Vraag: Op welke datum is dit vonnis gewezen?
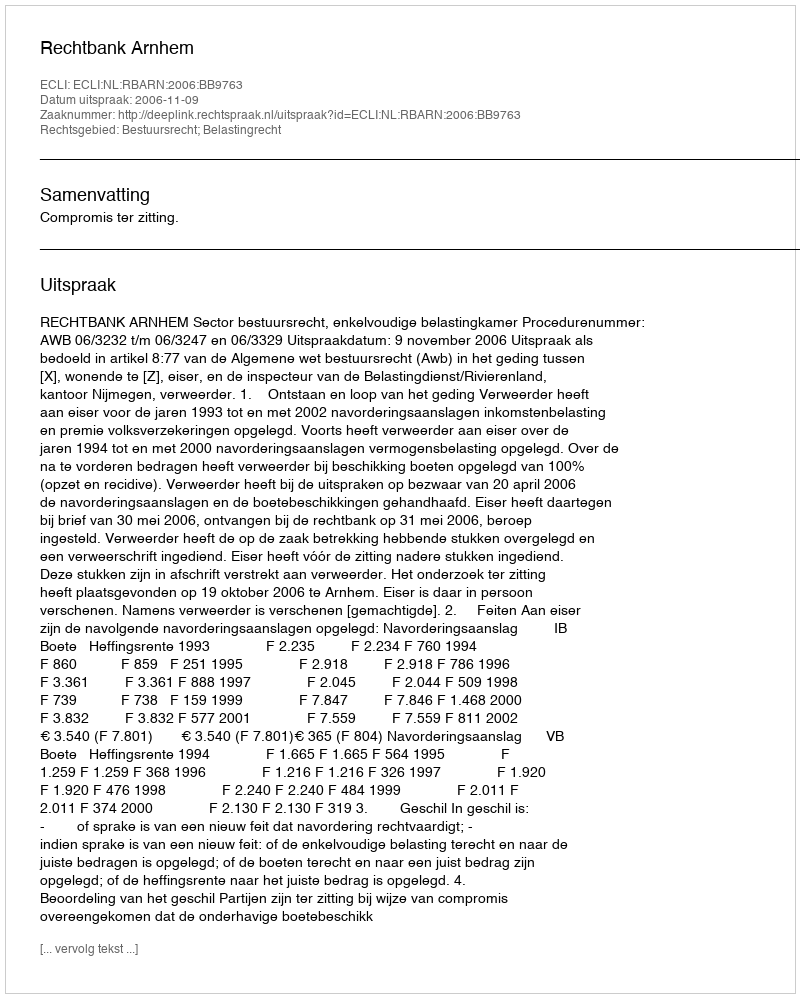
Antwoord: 2006-11-09